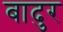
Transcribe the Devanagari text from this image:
बादुर